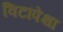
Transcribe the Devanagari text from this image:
विटांपेक्षा